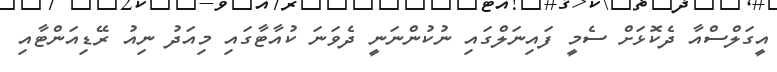
އީގަލްސްއާ ދެކޮޅަށް ސެމީ ފައިނަލްގައި ނުކުންނަނީ ދެވަނަ ކުއާޓާގައި މިއަދު ނިއު ރޭޑިއަންޓާއި